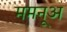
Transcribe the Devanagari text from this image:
ममनूअ